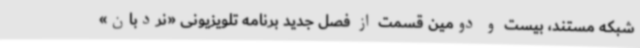
شبکه مستند، بیست و دومین قسمت از فصل جدید برنامه تلویزیونی «نردبان»